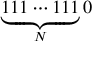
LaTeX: \underbrace { 1 1 1 \cdots 1 1 1 } _ { N } 0